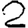
Digit: 2